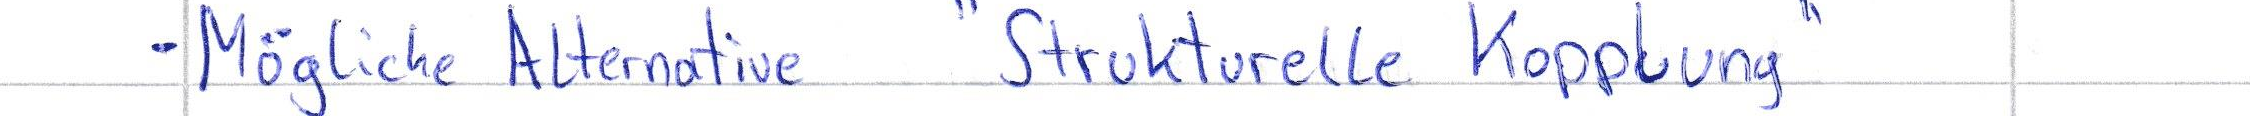
- Mögliche Alternative "Strukturelle Kopplung"